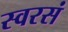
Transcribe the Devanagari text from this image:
स्वरसं